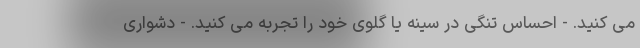
می کنید. - احساس تنگی در سینه یا گلوی خود را تجربه می کنید. - دشواری